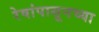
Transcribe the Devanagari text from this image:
रेषांपासूनच्या